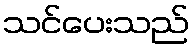
သင်ပေးသည်